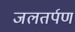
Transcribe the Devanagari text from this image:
जलतर्पण